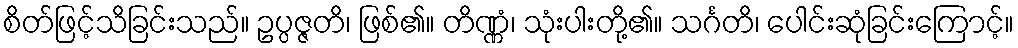
စိတ်ဖြင့်သိခြင်းသည်။ ဥပ္ပဇ္ဇတိ၊ ဖြစ်၏။ တိဏ္ဏံ၊ သုံးပါးတို့၏။ သင်္ဂတိ၊ ပေါင်းဆုံခြင်းကြောင့်။